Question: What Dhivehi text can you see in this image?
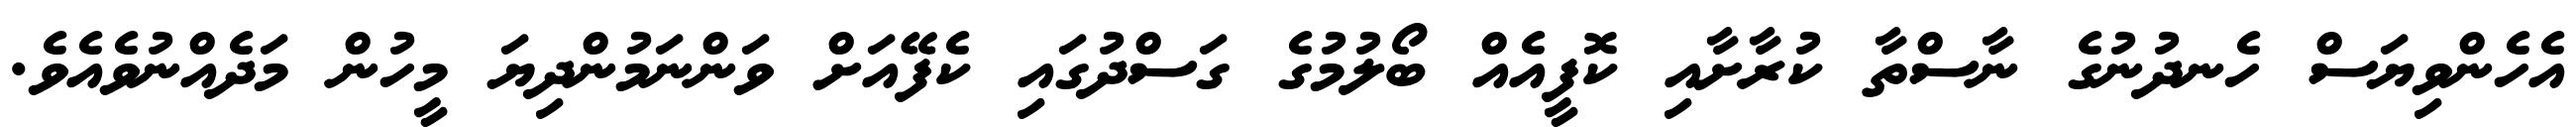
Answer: އެހެންވިޔަސް ހެނދުނުގެ ނާސްތާ ކުރާށާއި ކޮފީއެއް ބޯލުމުގެ ގަސްދުގައި ކެފޭއަށް ވަންނަމުންދިޔަ މީހުން މަދެއްނުވެއެވެ.